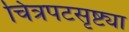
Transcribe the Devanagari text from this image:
चित्रपटसृष्ट्या